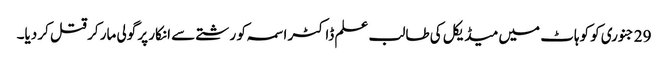
29 جنوری کو کوہاٹ میں میڈیکل کی طالب علم ڈاکٹر اسمہ کو رشتے سے انکار پر گولی مار کر قتل کر دیا۔